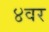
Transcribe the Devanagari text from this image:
४वर